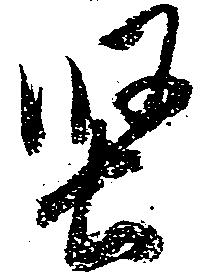
堅